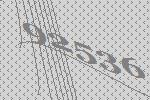
92536